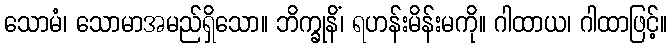
သောမံ၊ သောမာအမည်ရှိသော။ ဘိက္ခုနိံ၊ ရဟန်းမိန်းမကို။ ဂါထာယ၊ ဂါထာဖြင့်။